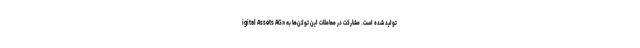
igital Assets AG» تولید شده است. مشارکت در معاملات این توکن‌ها به